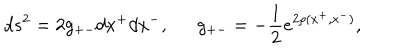
LaTeX: d s ^ { 2 } = 2 g _ { + - } d x ^ { + } d x ^ { - } , g _ { + - } = - \frac { 1 } { 2 } e ^ { 2 \rho ( x ^ { + } , x ^ { - } ) } ,